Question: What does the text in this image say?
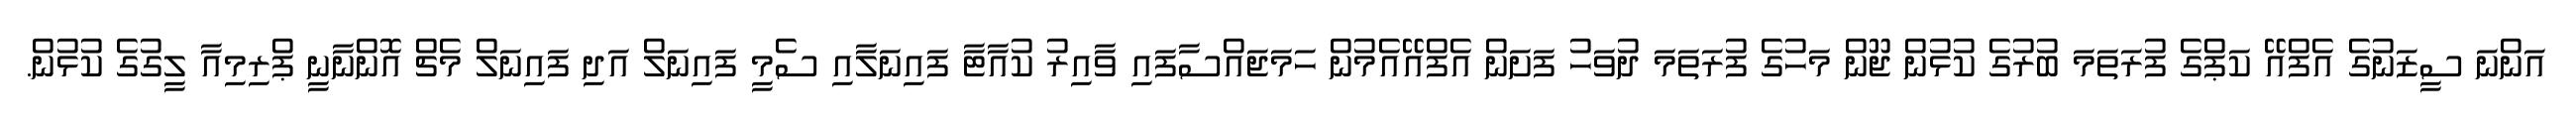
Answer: އަންނަ ސީޒަނުގެ އެފްއޭ ކަޕްގެ ފުރަތަމަ ބުރުގެ ކުޅުން ޖޫން މަހުގެ ފުރަތަމަ ދުވަހު ފަށަން އެފްއޭއެމުން ހަމަޖައްސާފައި ވާއިރު ކުއާޓާ ފައިނަލާއި ސެމީ ފައިނަލް އަދި ފައިނަލް މެޗް އޮންނާނީ ޕްރިމިއާ ލީގުގެ ކުޅުން.